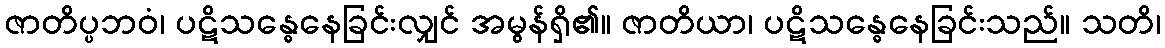
ဇာတိပ္ပဘဝံ၊ ပဋိသန္ဓေနေခြင်းလျှင် အမွန်ရှိ၏။ ဇာတိယာ၊ ပဋိသန္ဓေနေခြင်းသည်။ သတိ၊